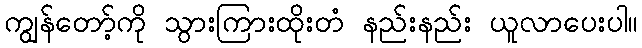
ကျွန်တော့်ကို သွားကြားထိုးတံ နည်းနည်း ယူလာပေးပါ။